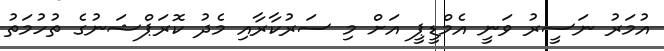
އުމަރު ނަސީރު ވަނީ އެމްޑީޕީ އަށް މި ސަރުކާރާއި މެދު ކޮރަޕްޝަނުގެ ތުހުމަތު